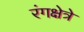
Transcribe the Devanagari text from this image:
रंगक्षेत्रे